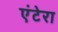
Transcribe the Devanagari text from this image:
एंटेरा